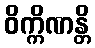
ဝိက္ကိဏန္တိ